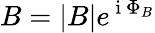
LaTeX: B=|B|e^{\mathrm{~i~}\Phi_{B}}